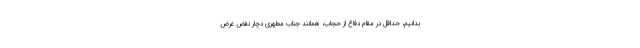
بدانیم، حداقل در مقام دفاع از حجاب، همانند جناب مطهری دچار نقض غرض